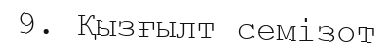
9. Қызғылт семізот